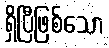
ရှိပြီဖြစ်သော